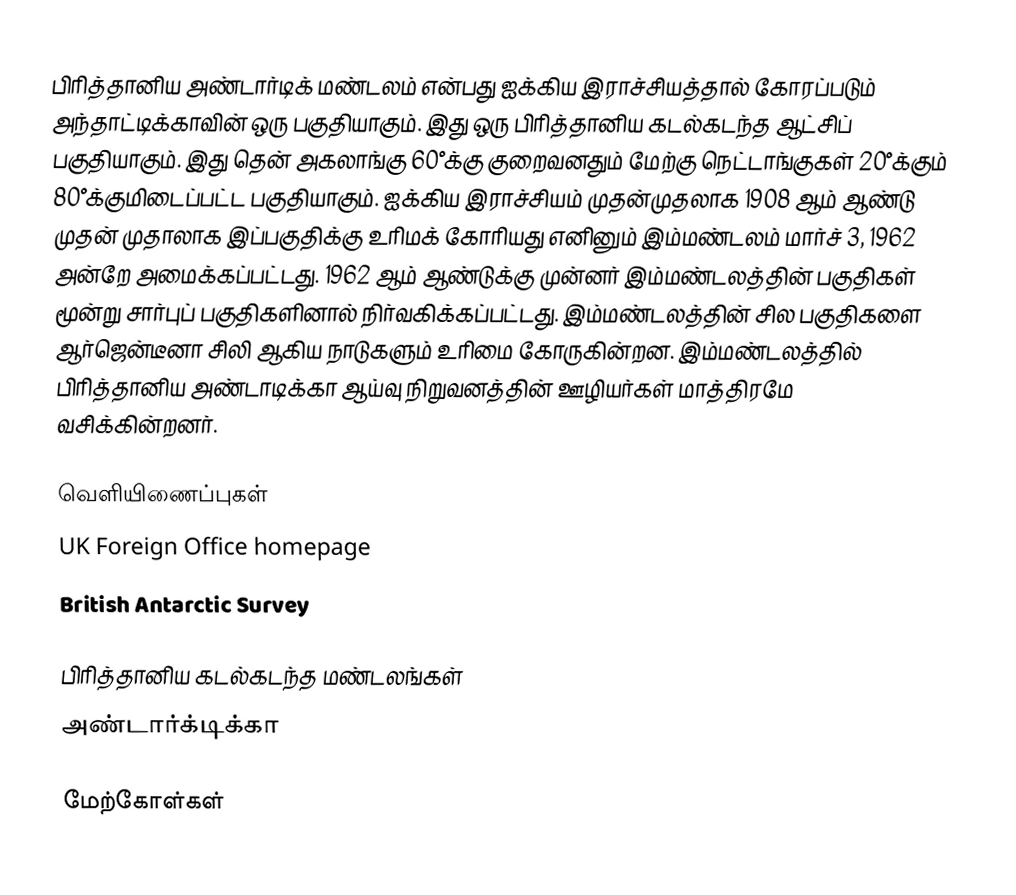
பிரித்தானிய அண்டார்டிக் மண்டலம் என்பது ஐக்கிய இராச்சியத்தால் கோரப்படும் அந்தாட்டிக்காவின்  ஒரு பகுதியாகும். இது ஒரு பிரித்தானிய கடல்கடந்த ஆட்சிப் பகுதியாகும். இது தென் அகலாங்கு 60°க்கு குறைவனதும் மேற்கு நெட்டாங்குகள் 20°க்கும் 80°க்குமிடைப்பட்ட பகுதியாகும். ஐக்கிய இராச்சியம் முதன்முதலாக 1908 ஆம் ஆண்டு முதன் முதாலாக இப்பகுதிக்கு உரிமக் கோரியது எனினும் இம்மண்டலம்  மார்ச் 3, 1962 அன்றே அமைக்கப்பட்டது. 1962 ஆம் ஆண்டுக்கு முன்னர் இம்மண்டலத்தின் பகுதிகள் மூன்று சார்புப் பகுதிகளினால் நிர்வகிக்கப்பட்டது. இம்மண்டலத்தின் சில பகுதிகளை ஆர்ஜென்டீனா சிலி ஆகிய நாடுகளும் உரிமை கோருகின்றன. இம்மண்டலத்தில் பிரித்தானிய அண்டாடிக்கா ஆய்வு நிறுவனத்தின் ஊழியர்கள் மாத்திரமே வசிக்கின்றனர்.

வெளியிணைப்புகள்
 UK Foreign Office homepage
 British Antarctic Survey

பிரித்தானிய கடல்கடந்த மண்டலங்கள்
அண்டார்க்டிக்கா

மேற்கோள்கள்